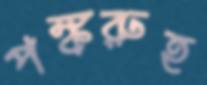
পঙ্করুহ